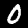
Digit: 0